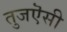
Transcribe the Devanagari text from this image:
तुजऎसी